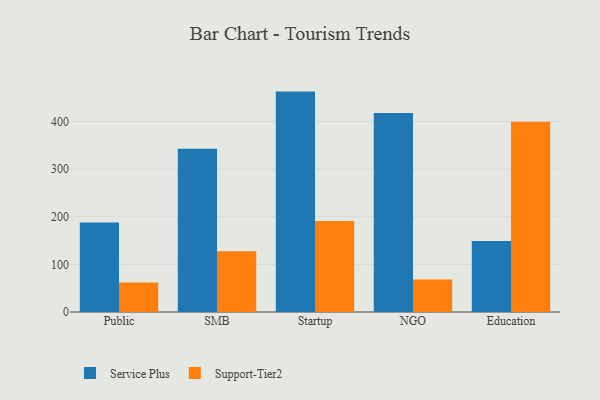
{"axis": {"x": "Segment", "y": "Tickets Resolved"}, "legend": ["Service Plus", "Support-Tier2"], "data": [{"x": "Public", "y": 188.1, "type": "Service Plus"}, {"x": "Public", "y": 61.8, "type": "Support-Tier2"}, {"x": "SMB", "y": 342.8, "type": "Service Plus"}, {"x": "SMB", "y": 127.6, "type": "Support-Tier2"}, {"x": "Startup", "y": 462.6, "type": "Service Plus"}, {"x": "Startup", "y": 190.9, "type": "Support-Tier2"}, {"x": "NGO", "y": 417.6, "type": "Service Plus"}, {"x": "NGO", "y": 68.4, "type": "Support-Tier2"}, {"x": "Education", "y": 149.2, "type": "Service Plus"}, {"x": "Education", "y": 399.4, "type": "Support-Tier2"}]}